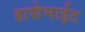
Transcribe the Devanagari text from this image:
हाशेमाईट